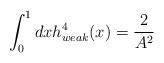
LaTeX: \begin{align*}\int_{0}^{1}dxh_{weak}^{4}(x)=\frac{2}{A^{2}}\end{align*}